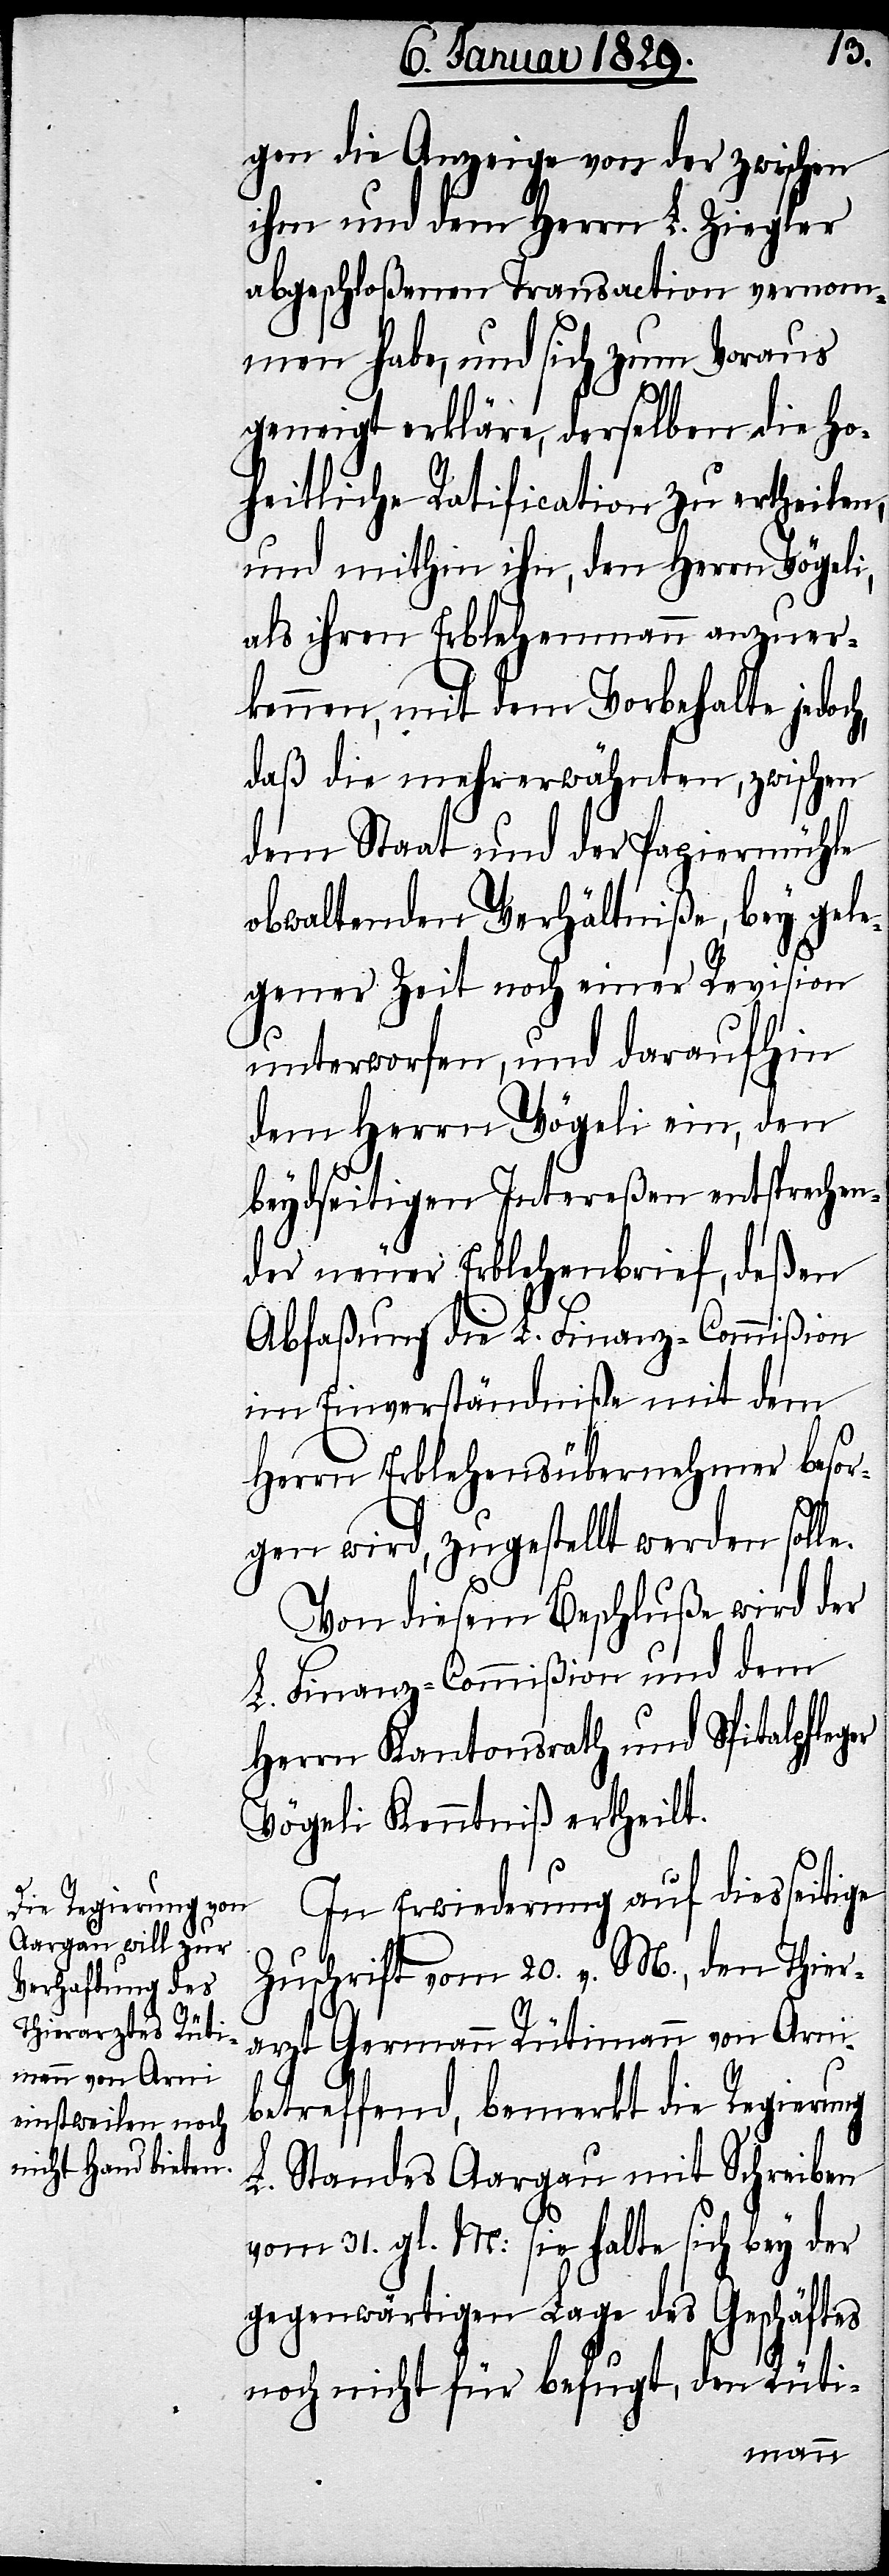
gen die Anzeige von der zwischen
ihm und dem Herrn L. Ziegler
abgeschloßenen Transaction vernom¬
men habe, und sich zum Voraus
geneigt erkläre, derselben die Ho¬
heitliche Ratification zu ertheilen,
und mithin ihn, den Herrn Vögeli,
als ihren Erblehenmann anzuer¬
kennen, mit dem Vorbehalte jedoch,
daß die mehrerwähnten, zwischen
dem Staat und der Papiermühle
obwaltenden Verhältniße, bey gele¬
gener Zeit noch einer Revision
unterworfen, und daraufhin
dem Herrn Vögeli ein, den
beydseitigen Intereßen entsprechen¬
der neuer Erblehenbrief, deßen
Abfaßung die L. Finanz-Commißion
im Einverständniße mit dem
Herrn Erblehensübernehmer besor¬
gen wird, zugestellt werden solle.
Von diesem Beschluße wird der
L. Finanz-Commißion und dem
Herrn Kantonsrath und Spitalpfleger
Vögeli Kenntniß ertheilt.
In Erwiederung auf diesseitige
Zuschrift vom 20. v. M., den Thier¬
arzt Germann Rütimann von Arni
betreffend, bemerkt die Regierung
L. Standes Aargau mit Schreiben
vom 31. gl. M: sie halte sich bey der
gegenwärtigen Lage des Geschäftes
noch nicht für befugt, den Rüti-